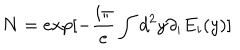
N = e x p [ - \frac { i \pi } { e } \int d ^ { 2 } y \partial _ { i } E _ { i } ( y ) ]